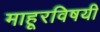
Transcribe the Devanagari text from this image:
माहूरविषयी